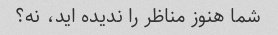
شما هنوز مناظر را ندیده اید، نه؟